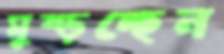
মুষ্‌ড়চ্ছেন